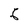
Character: 6